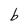
Character: b